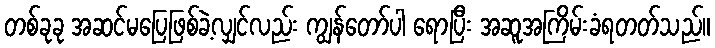
တစ်ခုခု အဆင်မပြေဖြစ်ခဲ့လျှင်လည်း ကျွန်တော်ပါ ရောပြီး အဆူအကြိမ်းခံရတတ်သည်။